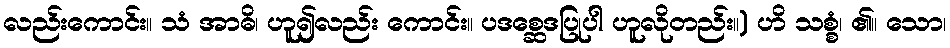
လည်းကောင်း။ သံ အာဓိ၊ ဟူ၍လည်း ကောင်း။ ပဒစ္ဆေဒပြုပါ ဟူလိုတည်း။) ဟိ သစ္စံ၊ ၏။ သော၊